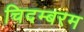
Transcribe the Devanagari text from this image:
चिदम्‍बरम